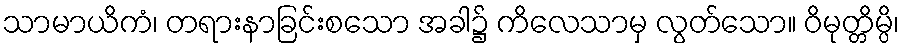
သာမာယိကံ၊ တရားနာခြင်းစသော အခါ၌ ကိလေသာမှ လွတ်သော။ ဝိမုတ္တိမ္ပိ၊